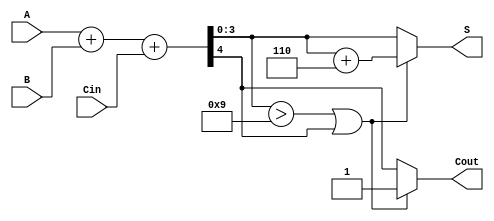
module BCD_Ripple_Carry_Adder (
    input [3:0] A,      // First BCD digit
    input [3:0] B,      // Second BCD digit
    input Cin,          // Carry-in
    output [3:0] S,     // BCD sum output
    output Cout         // Carry-out
);

    wire [4:0] sum;     // Intermediate sum (5 bits to accommodate carry)
    wire [4:0] corrected_sum; // Sum after correction
    wire correction;     // Correction flag

    // Full Adder for each bit
    assign sum = A + B + Cin; // Initial addition

    // Check if correction is needed
    assign correction = (sum[3:0] > 4'b1001) || sum[4]; // Check if sum exceeds 9 or carry-out

    // Corrected sum
    assign corrected_sum = sum + 5'b00110; // Add 6 (0110) for correction if needed

    // Final outputs
    assign S = correction ? corrected_sum[3:0] : sum[3:0]; // Select corrected or original sum
    assign Cout = correction ? 1'b1 : sum[4]; // Carry-out is set if correction is needed or if there was an overflow

endmodule